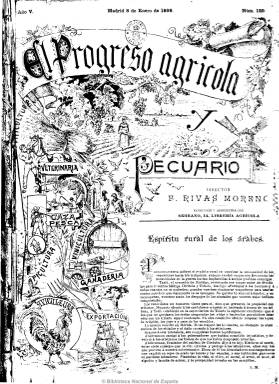
Título: El Progreso agrícola y pecuario
Colección: Agricultura y ganadería
Ámbito geográfico: Madrid
Lugar de publicación: Madrid
Fechas: 08/01/1899-22/07/1936

Publicación fundada en 1895 por Francisco Rivas Moreno, que más tarde sería también propietario de la Librería y Editorial Agrícola Nacional y Extranjera, de Madrid, dedicada a la agricultura, ganadería, veterinaria, caza y pesca, avicultura y al comercio y exportación, tal como aparece estampado en el grabado de gran tamaño con motivos rurales de su primera página en sus primeros años de vida y que, en 1902, fue calificada en un concurso como el mejor de los periódicos agrícolas de España, considerándose continuadora de otros títulos de este carácter editados tanto en Madrid como en Córdoba. Se publicaba cuatro veces al mes, en números de entre 16 y 20 páginas, y al final de de su vida, que alcanzó hasta julio de 1936, llegó a las 40 páginas, al incluir numerosos anuncios publicitarios, y en algunos números fotografías de actualidad.

Contiene artículos doctrinales, de fondo, divulgativos, de fomento y técnicos, sobre cultivos, industria y maquinaria agropecuaria, transporte y comercio exterior, abonos, métodos y mejora de producción, cosechas, precios, enfermedades, etc. Le dedicó especial atención a la producción vinícola española, y a su competidora francesa, y a la olivarera, y a su competidora italiana, así como a la lanar y a la cerealística. También incluye informaciones sobre congresos, regadíos, estadísticas de producción, etc. Con secciones sobre los mercados extranjeros y otras sobre consultas, personal agronómico y bibliografía.

Desde 1900 a 1921 es dirigida por Sergio de Novales, a quien le sustituye Andrés Garrido, hasta 1929. También la dirige Gregorio Matallana. Entre sus colaboradores se encuentran agrónomos, como Manuel Priego y E. Noriega; peritos, como Victoriano Odrizola, e ingenieros, como Teodoro Álvarez, Diego Pequeño, Ricardo Pastor Penades, Tiburcio Alarcón y Anselmo Fuentes, así como Eduardo Abela, de la Asociación General de Agricultores de España. La sección “Campesinas”, firmada con el seudónimo “Campesino”, era una especie de columna de opinión sobre la actualidad. Dirigida a la burguesía propietaria agraria, acogió con satisfacción la dictadura primoriverista. Dedicó también especial atención a la reforma agraria republicana e informó sobre la implantación de las cámaras oficiales agrícolas.